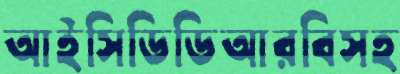
আইসিডিডিআরবিসহ